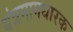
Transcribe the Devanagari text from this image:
यंत्रमागधारक